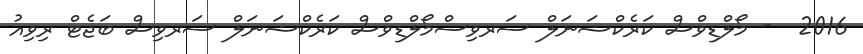
2016  - މޯލްޑިވްސް ކަރެކްޝަނަލް ސަރވިސްމޯލްޑިވްސް ކަރެކްޝަނަލް ސަރވިސް ބަޖެޓް ރިވިއު